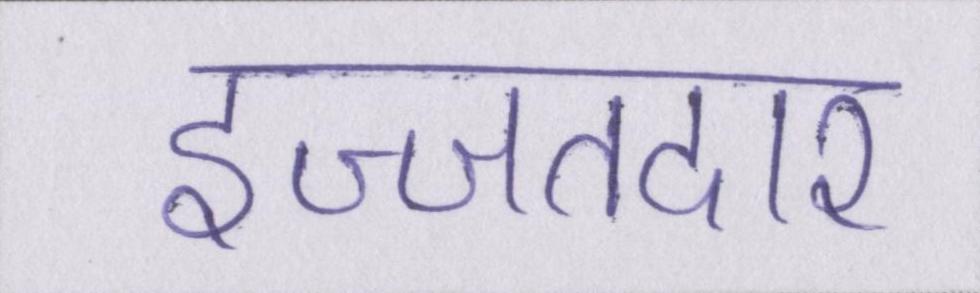
इज्जतदार